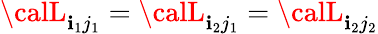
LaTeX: {\calL}_{\mathbf{i}_{1}j_{1}}={\calL}_{\mathbf{i}_{2}j_{1}}={\calL}_{\mathbf{i}_{2}j_{2}}